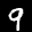
Label: 9